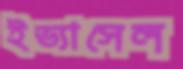
ইভ্যাসেল